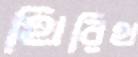
থিরিথ